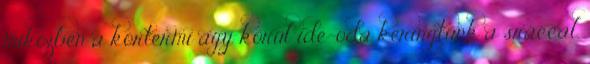
miközben a kórtermi ágy körül ide-oda keringtünk a sráccal.